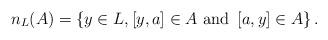
LaTeX: \begin{align*}n_{L}(A)=\left\{ y\in L,\left[y,a\right]\in A\textnormal{ and }\left[a,y\right]\in A\right\}. \end{align*}